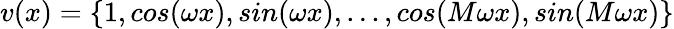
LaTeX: \begin{array}{r}{v(x)=\{ 1,cos(\omega x),sin(\omega x),...,cos(M\omega x),sin(M\omega x)\} }\end{array}